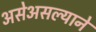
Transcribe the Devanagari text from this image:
असेअसल्याने